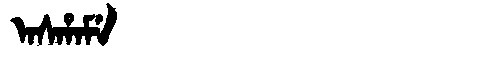
Manchu: ᠠᠰᡥᠠᠮᡝ
Romanization: ASHAME